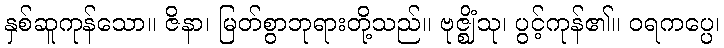
နှစ်ဆူကုန်သော။ ဇိနာ၊ မြတ်စွာဘုရားတို့သည်။ ဗုဇ္ဈိံသု၊ ပွင့်ကုန်၏။ ဝရကပ္ပေ၊